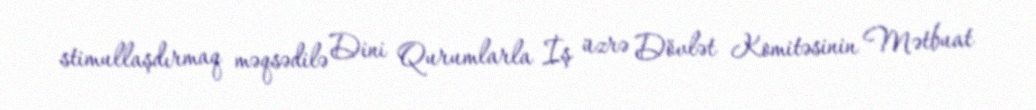
stimullaşdırmaq məqsədilə Dini Qurumlarla İş üzrə Dövlət Komitəsinin Mətbuat